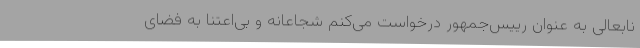
نابعالی به عنوان رییس‌جمهور درخواست می‌کنم شجاعانه و بی‌اعتنا به فضای